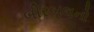
બીરબલનો